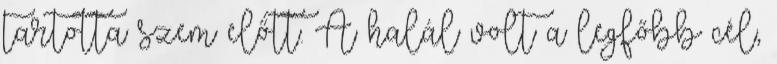
tartotta szem előtt. A halál volt a legfőbb cél,